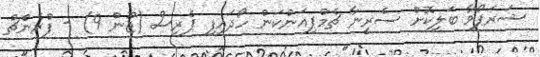
ޝަރަޕޯވާ ބަލިކޮށް ސެރީނާ ޗެމްޕިއަންކަން ހޯދައިފި ޕެރިސް (ޖޫން 9) - ފްރެންޗް